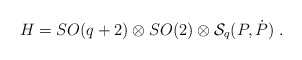
\begin{align*}H= SO(q+2)\otimes SO(2) \otimes {\cal S}_q(P,\dot P)\ .\end{align*}